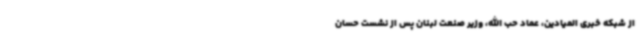
از شبکه خبری المیادین، عماد حب الله، وزیر صنعت لبنان پس از نشست حسان